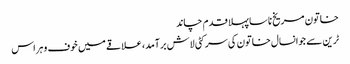
خاتون مریخ ناسا پہلا قدم چاند
ٹرین سے جوانسال خاتون کی سر کٹی لاش برآمد، علاقے میں خوف و ہراس